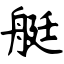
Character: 艇